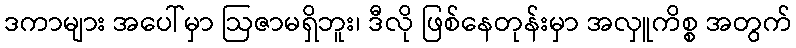
ဒကာများ အပေါ်မှာ ဩဇာမရှိဘူး၊ ဒီလို ဖြစ်နေတုန်းမှာ အလှူကိစ္စ အတွက်